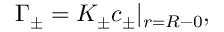
\Gamma _ { \pm } = K _ { \pm } c _ { \pm } | _ { r = R - 0 } ,